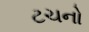
ટચનો